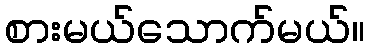
စားမယ်သောက်မယ်။